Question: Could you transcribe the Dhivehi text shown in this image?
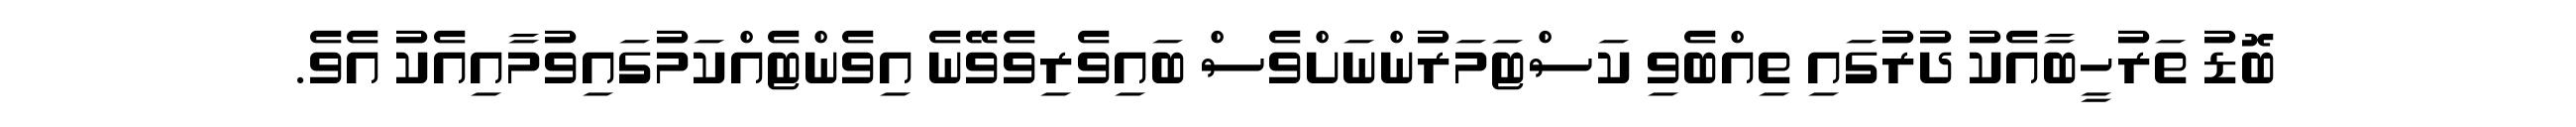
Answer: ބޮޑު ތަރުހީބާއެކު ދުރުގައި ތިއްބެވި ކަސްޓަމަރުންނަށްވެސް ބައިވެރިވެވޭނެ އިވެންޓެއްކަމުގައިވުމާއިއެކު އެވެ.